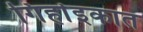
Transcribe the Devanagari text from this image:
गिर्हाइकात